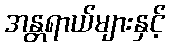
အန္တရာယ်များနှင့်